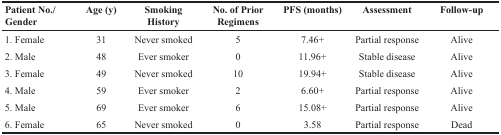
<table><thead><tr><td><b>Patient No./Gender</b></td><td><b>Age (y)</b></td><td><b>Smoking History</b></td><td><b>No. of Prior Regimens</b></td><td><b>PFS (months)</b></td><td><b>Assessment</b></td><td><b>Follow-up</b></td></tr></thead><tbody><tr><td>1. Female</td><td>31</td><td>Never smoked</td><td>5</td><td>7.46+</td><td>Partial response</td><td>Alive</td></tr><tr><td>2. Male</td><td>48</td><td>Ever smoker</td><td>0</td><td>11.96+</td><td>Stable disease</td><td>Alive</td></tr><tr><td>3. Female</td><td>49</td><td>Never smoked</td><td>10</td><td>19.94+</td><td>Stable disease</td><td>Alive</td></tr><tr><td>4. Male</td><td>59</td><td>Ever smoker</td><td>2</td><td>6.60+</td><td>Partial response</td><td>Alive</td></tr><tr><td>5. Male</td><td>69</td><td>Ever smoker</td><td>6</td><td>15.08+</td><td>Partial response</td><td>Alive</td></tr><tr><td>6. Female</td><td>65</td><td>Never smoked</td><td>0</td><td>3.58</td><td>Partial response</td><td>Dead</td></tr></tbody></table>